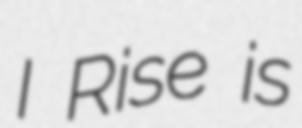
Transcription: I Rise is